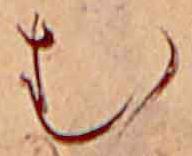
む